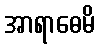
အာရာဓေမိ